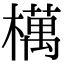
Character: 𣜜